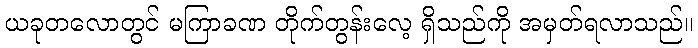
ယခုတလောတွင် မကြာခဏ တိုက်တွန်းလေ့ ရှိသည်ကို အမှတ်ရလာသည်။